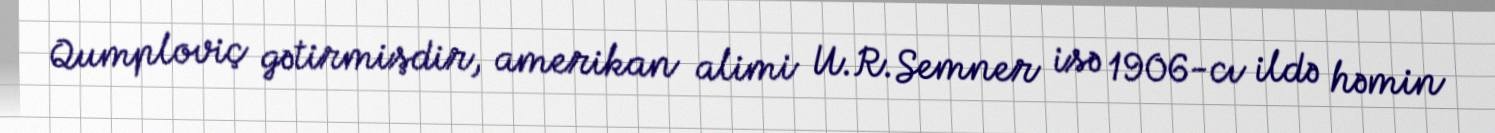
Qumploviç gətirmişdir, amerikan alimi U.R.Semner isə 1906-cı ildə həmin